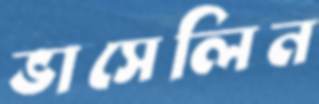
ভাসেলিন